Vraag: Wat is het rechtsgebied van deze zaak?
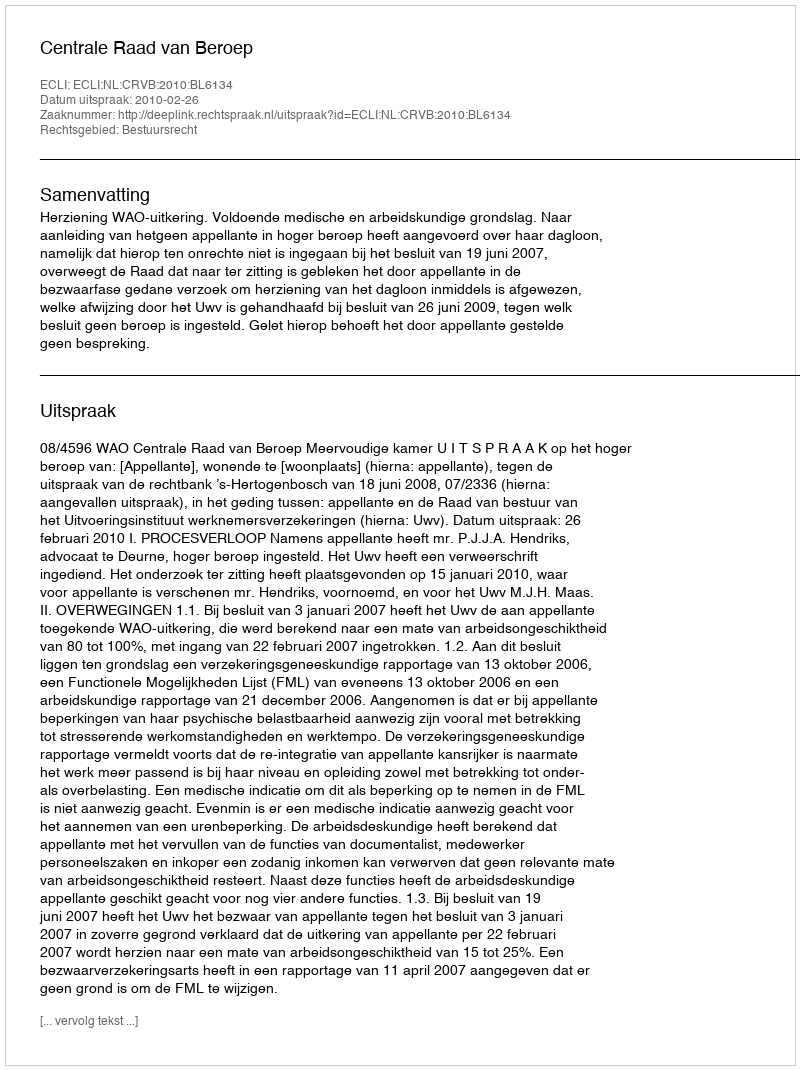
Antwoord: Bestuursrecht